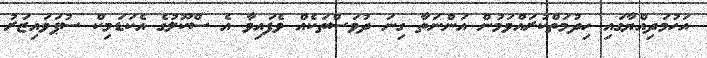
އަހުމަދިއްޔާގައި ހިދުމަތްކުރައްވަމުން އަންނަތާ ގިނަ ދުވަސްތަކެއް ވެފައިވާ އެ ސްކޫލުގެ އެކަޑަމިކް ސުޕަވައިޒަރު